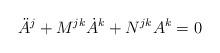
LaTeX: \begin{align*}\ddot A^j + M^{jk}\dot A^k + N^{jk}A^k = 0\end{align*}